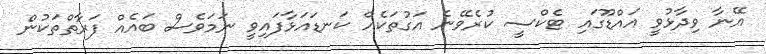
އޭނާ ވިދާޅުވީ އައްޑޫގައި ޓެކްސީ ކުރެވޭނެ އަގުތަކެއް ކަނޑައަޅާފައިވީ ނަމަވެސް ބައެއް ފަރާތްތަކުން